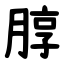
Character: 朜